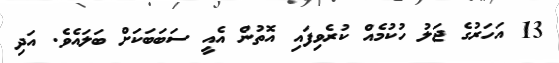
13 އަހަރުގެ ޖަލު ހުކުމެއް ކުރެވިފައި އޮތުން އެއީ ސަބަބަކަށް ބަލައެވެ. އަދި